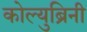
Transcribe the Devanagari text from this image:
कोल्युब्रिनी